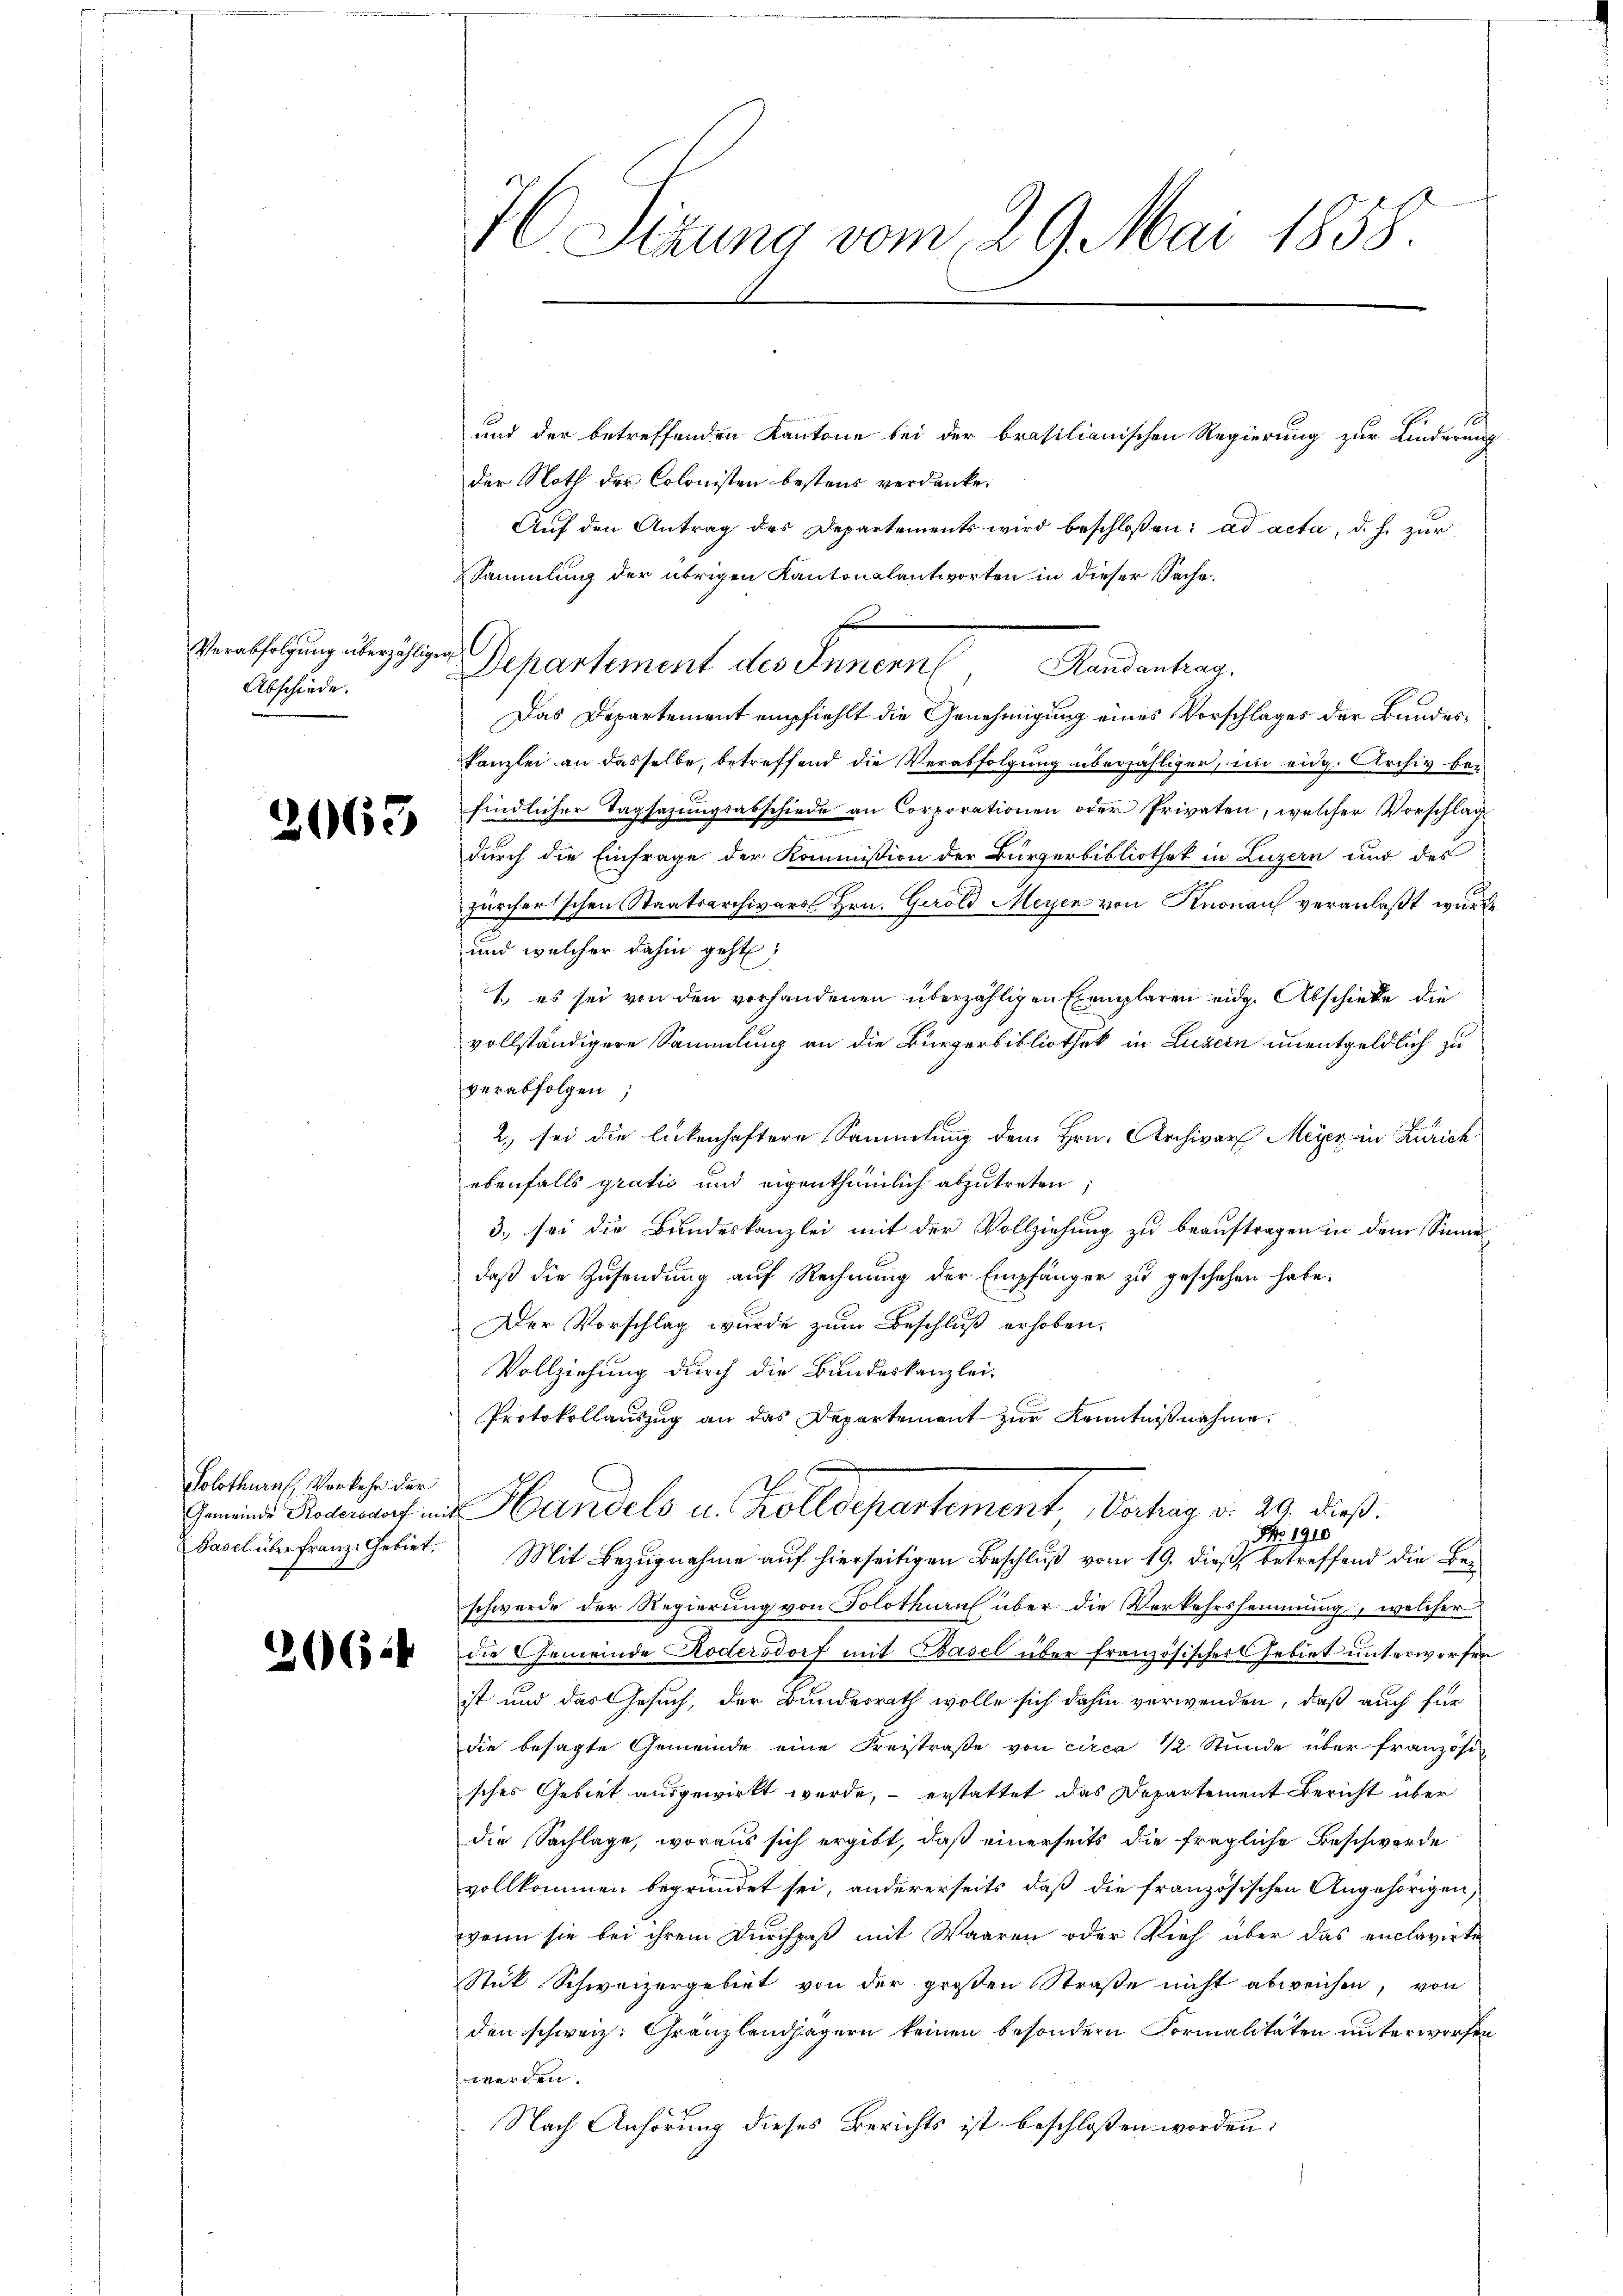
Verabfolgung überzähligen,
Abschiede

2063

Solothurn, Verkehr der
Basel über Franz: Gebiet.

2664

H Sizung vom 29. Mai 1858.

und der betreffenden Kantone bei der brasilianischen Regierung zur Kinderung
der Noth der Colonisten bestens verdanke.
Aŭf den Antrag des Departements wird beschloßen: ad acta, d. h. zur
sammlung der übrigen Kantonalantworten in dieser Sache.
Departement des Innern Randantrag,
Das Departement empfiehlt die Genehmigung eines Vorschlages der Bundes¬
Kanzlei an dasselbe, betreffend die Verabfolgung überzähliger, im eidg. Archiv bei
findlicher Tagsazungsabschiede an Corporationen oder Privaten, welcher Vorschlag
durch die Einfrage der Kommission der Bürgerbibliothek in Luzern und des
zürcherischen Staatsarchivars Hrn. Gerold Meyer von Knonau veranlaßt würde
und welcher dahin geht,
1. es sei von den vorhandenen überzähligen Exemplaren eidg. Abschiede die
vollständigere Sammlung an die Bürgerbibliothek in Luzern unentgeldlich zu
verabfolgen;
2., sei die lückenhaftere Sammlung dem Hrn. Archivar Meyer ein Zürich
ebenfalls gratio und eigenthümlich abzutreten,
3. sei die Bundeskanzlei mit der Vollziehung zu beauftragen in dem Sinne
daß die Zusendung auf Rechnung der Empfänger zu geschehen habe.
Der Vorschlag wurde zum Beschluß erhoben.
Vollziehung durch die Bundeskanzlei-
Protokollauszug an das Departement zur Kenntnißnahme
Gmeins Rodenauf ein Handels u. Zolldepartement, Verhag v. 29. dieß:
Fr. 1910.
Mit Bezugnahme auf hierseitigen Beschluß vom 19. dieß, betreffend die Beschwerde der Regierung von Solothurn über die Verkehrssammung, welcher
die Gemeinde Kodersdorf mit Basel über französisches Gebiet unterworfen
ist und das Gesuch, der Bundesrath wolle sich dahin verwenden, daß auch für
die besagte Gemeinde eine Freistraße von circa ½ Stunde über französisches Gebiet ausgewirkt wurde, – erstattet das Departement Bericht über
die Sachlage, woraus sich ergibt, daß einerseits die fragliche Beschwerde
vollkommen begründet sei, andererseits, daß die französischen Angehörigen,
wenn sie bei ihrem Durchpaß mit Waaren oder Vieh über das enclavirte
Stük Schweizergebiet von der großen Straße nicht abweichen, von
den schweiz. Gränzlandjägern keinen besondern Formalitäten unterworfen
werden.
Nach Anhörung dieses Berichts ist beschloßen worden: